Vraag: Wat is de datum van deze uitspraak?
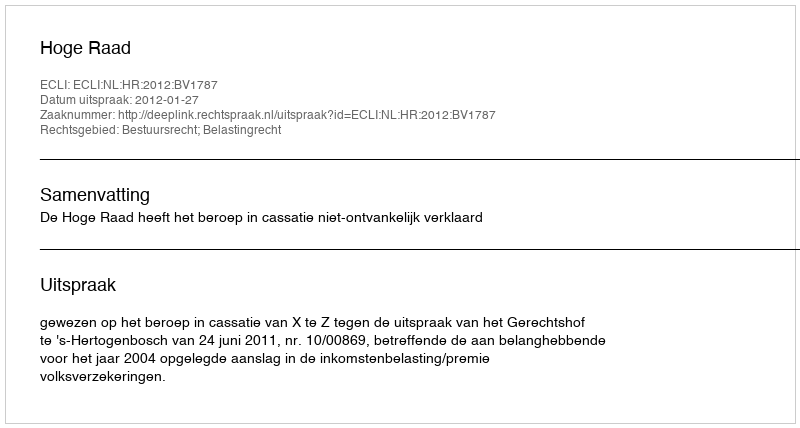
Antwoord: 2012-01-27